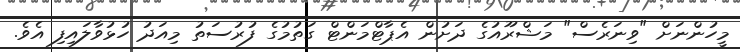
މީހުންނަށް "ވިނަރެސް" މަޝްރޫއުގެ ދަށުން އެޕާޓްމަންޓް ގަތުމުގެ ފުރުސަތު މިއަދު ހުޅުވާލައިފި އެވެ.